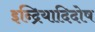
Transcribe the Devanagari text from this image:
इन्द्रियादिदोष